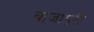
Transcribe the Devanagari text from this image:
बाजाऽरी